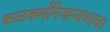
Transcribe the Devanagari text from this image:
कळकर्मनिजस्वभावा